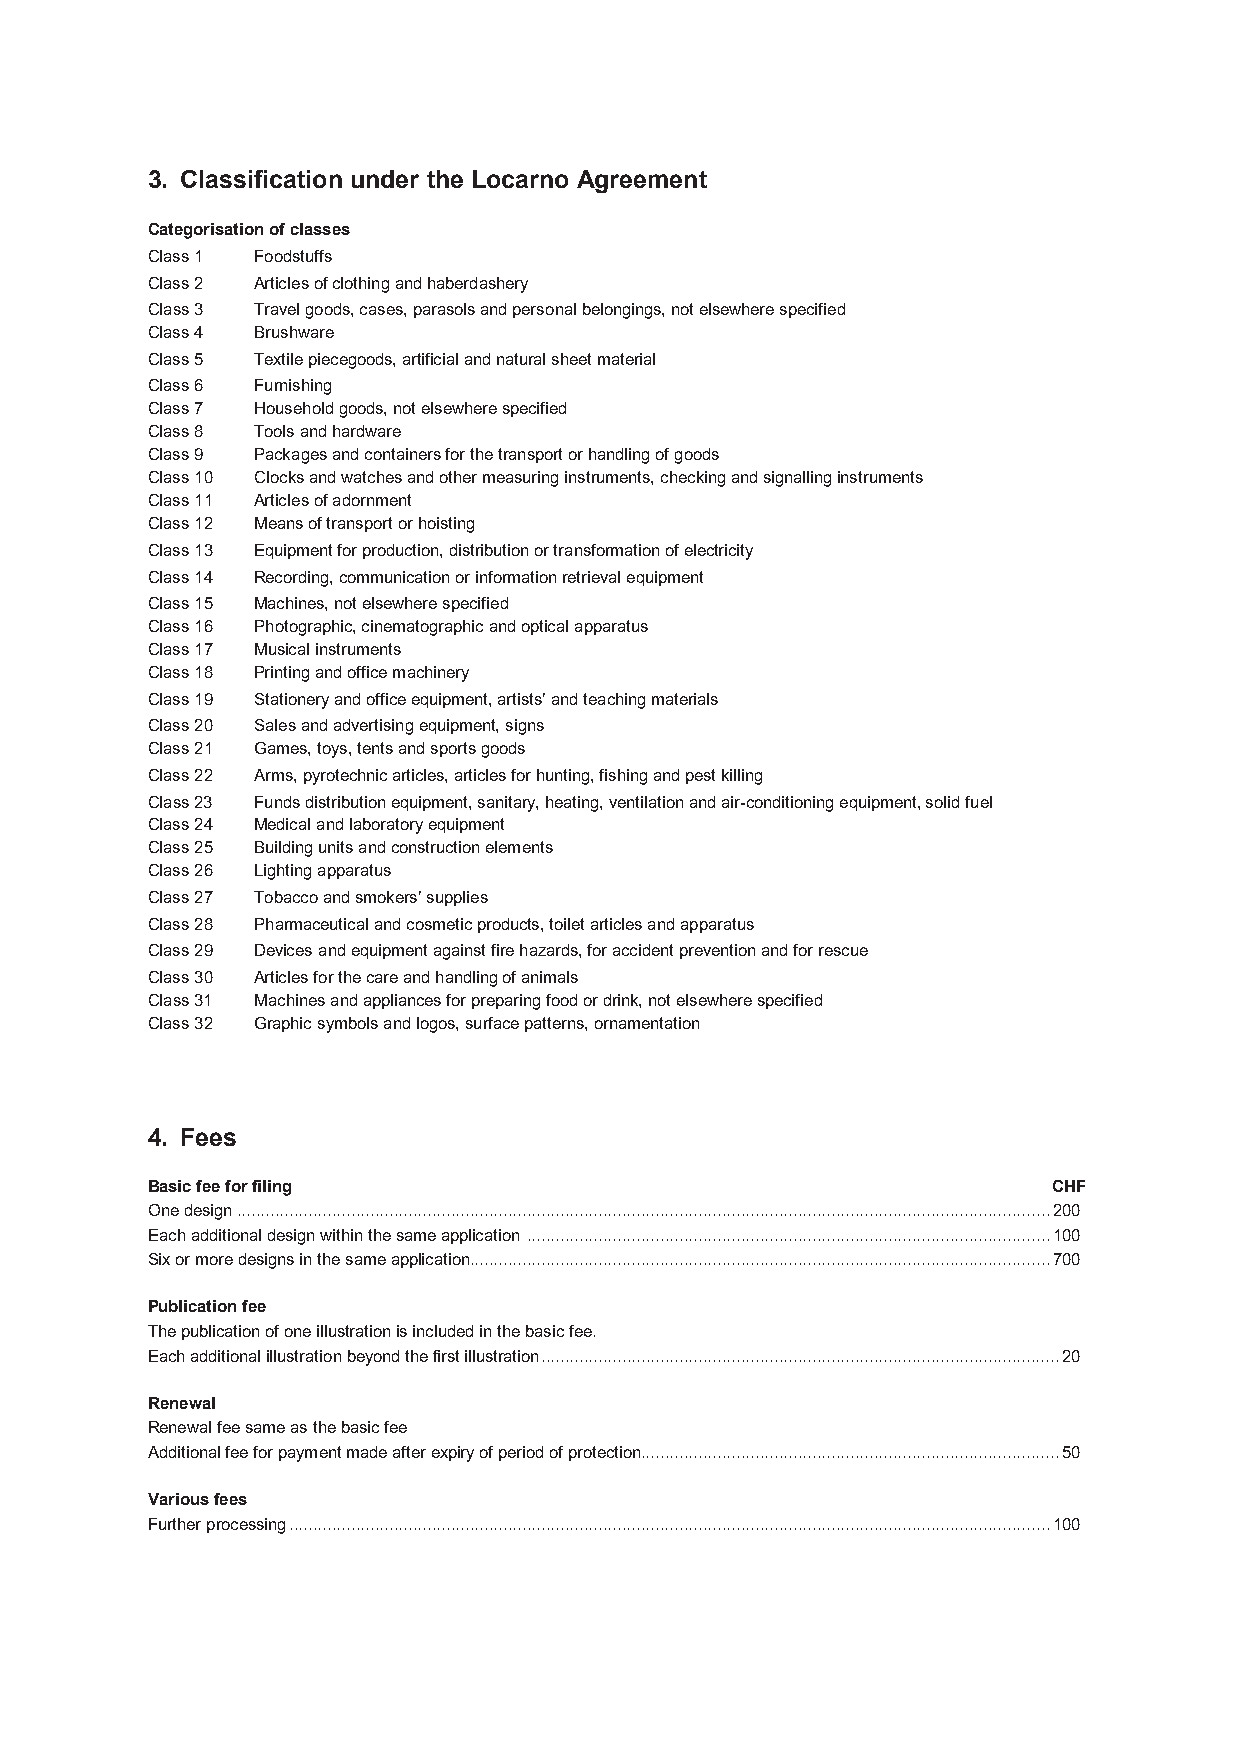
3. Classification under the Locarno Agreement
 Categorisation of classes
 Class 1 Foodstuffs
 Class 2 Articles of clothing and haberdashery
 Class 3 Travel goods, cases, parasols and personal belongings, not elsewhere specified
 Class 4 Brushware
 Class 5 Textile piecegoods, artificial and natural sheet material
 Class 6 Furnishing
 Class 7 Household goods, not elsewhere specified
 Class 8 Tools and hardware
 Class 9 Packages and containers for the transport or handling of goods
 Class 10 Clocks and watches and other measuring instruments, checking and signalling instruments
 Class 11 Articles of adornment
 Class 12 Means of transport or hoisting
 Class 13 Equipment for production, distribution or transformation of electricity
 Class 14 Recording, communication or information retrieval equipment
 Class 15 Machines, not elsewhere specified
 Class 16 Photographic, cinematographic and optical apparatus
 Class 17 Musical instruments
 Class 18 Printing and office machinery
 Class 19 Stationery and office equipment, artists’ and teaching materials
 Class 20 Sales and advertising equipment, signs
 Class 21 Games, toys, tents and sports goods
 Class 22 Arms, pyrotechnic articles, articles for hunting, fishing and pest killing
 Class 23 Funds distribution equipment, sanitary, heating, ventilation and air-conditioning equipment, solid fuel
 Class 24 Medical and laboratory equipment
 Class 25 Building units and construction elements
 Class 26 Lighting apparatus
 Class 27 Tobacco and smokers’ supplies
 Class 28 Pharmaceutical and cosmetic products, toilet articles and apparatus
 Class 29 Devices and equipment against fire hazards, for accident prevention and for rescue
 Class 30 Articles for the care and handling of animals
 Class 31 Machines and appliances for preparing food or drink, not elsewhere specified
 Class 32 Graphic symbols and logos, surface patterns, ornamentation
 4. Fees
 Basic fee for filing                                        CHF
 One design ........................................................................................................................................................................... 200
 Each additional design within the same application .............................................................................................................. 100
 Six or more designs in the same application.......................................................................................................................... 700
 Publication fee
 The publication of one illustration is included in the basic fee.
 Each additional illustration beyond the first illustration ............................................................................................................. 20
 Renewal
 Renewal fee same as the basic fee
 Additional fee for payment made after expiry of period of protection ........................................................................................ 50
 Various fees
 Further processing ................................................................................................................................................................ 100